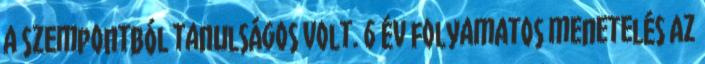
a szempontból tanulságos volt. 6 év folyamatos menetelés Az